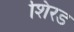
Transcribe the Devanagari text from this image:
शिरड